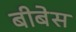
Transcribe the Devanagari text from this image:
बीबेस